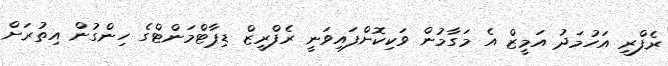
ރެފްރީ އަހުމަދު އަމީޒް އެ މަގާމުން ވަކިކޮށްފައިވަނީ ރެފްރީޒް ޑިޕާޓްމަންޓްގެ ހިންގުން އިތުރަށް